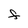
Character: F